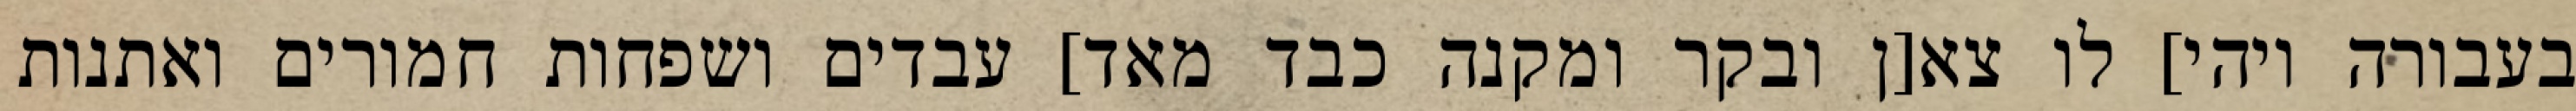
בעבורה ויהי] לו צא[ן ובקר ומקנה כבד מאד] עבדים ושפחות חמורים ואתנות